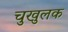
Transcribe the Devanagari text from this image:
चुखुलक